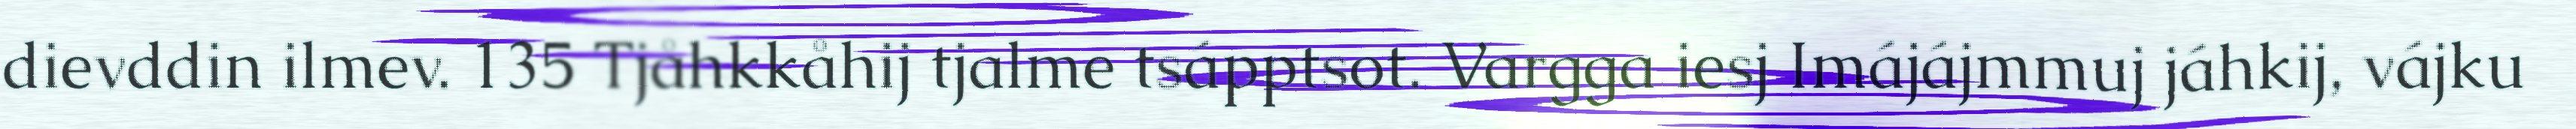
dievddin ilmev. 135 Tjåhkkåhij tjalme tsápptsot. Vargga iesj Imájájmmuj jáhkij, vájku